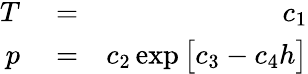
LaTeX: \begin{array}{rlr}{T}&{{}=}&{c_{1}}\\ {p}&{{}=}&{c_{2}\exp\big[c_{3}-c_{4}h\big]}\end{array}